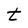
Character: t